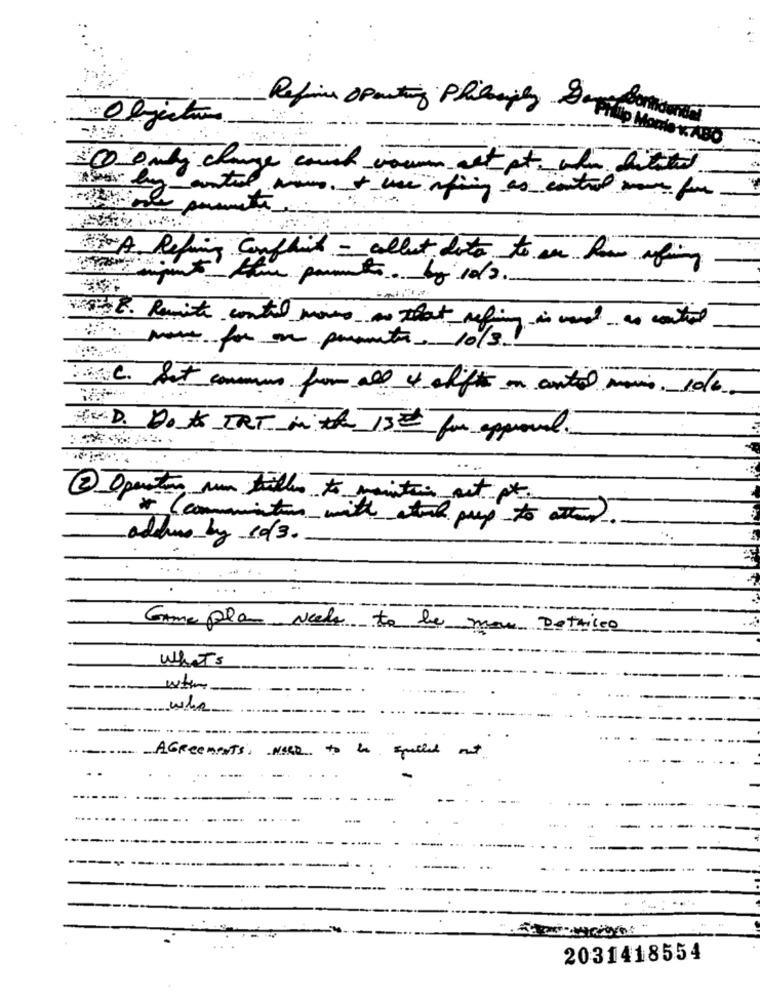
Refine Opening Philiply Dopp Borduren
-
"0 only change couch vous act at the bitted
En-auntil viens. + une fing as control som for
A. Refining Conflit - callut doto to se how aging
-Amm prints. by 10/2.
9 8. Suite contil moins as that refining is wand as control
move for on parametr. 10/3!
:il Set communs for all 4 clift on antal movies. 10/6.
AV.D. DoAS TRT in the 15℃ for approval.
2 Operation un tillus to maintain et pt.
* ( communication with atouch pup to attend.
addwe by 10/3.
Game plan vecle to be more Detailed
What's
-
-
when
---
...
AGREements, NEED to be quelled
at
2031418554